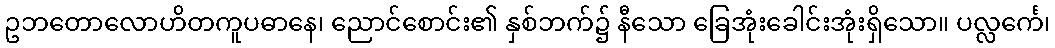
ဥဘတောလောဟိတကူပဓာနေ၊ ညောင်စောင်း၏ နှစ်ဘက်၌ နီသော ခြေအုံးခေါင်းအုံးရှိသော။ ပလ္လင်္ကေ၊